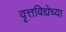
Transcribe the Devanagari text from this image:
वृत्तविद्येच्या